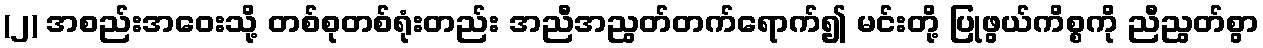
(၂) အစည်းအဝေးသို့ တစ်စုတစ်ရုံးတည်း အညီအညွတ်တက်ရောက်၍ မင်းတို့ ပြုဖွယ်ကိစ္စကို ညီညွတ်စွာ